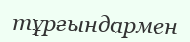
тұрғындармен